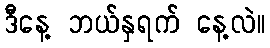
ဒီနေ့ ဘယ်နှရက် နေ့လဲ။